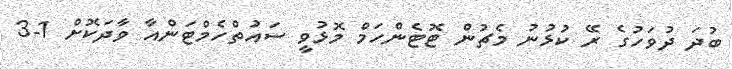
ބުދަ ދުވަހުގެ ރޭ ކުޅުނު މެޗުން ޓޮޓެންހަމް މޮޅުވީ ސައުތްހެމްޓަންއާ ވާދަކޮށް 1-3